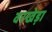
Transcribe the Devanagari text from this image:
वरखेड़ा